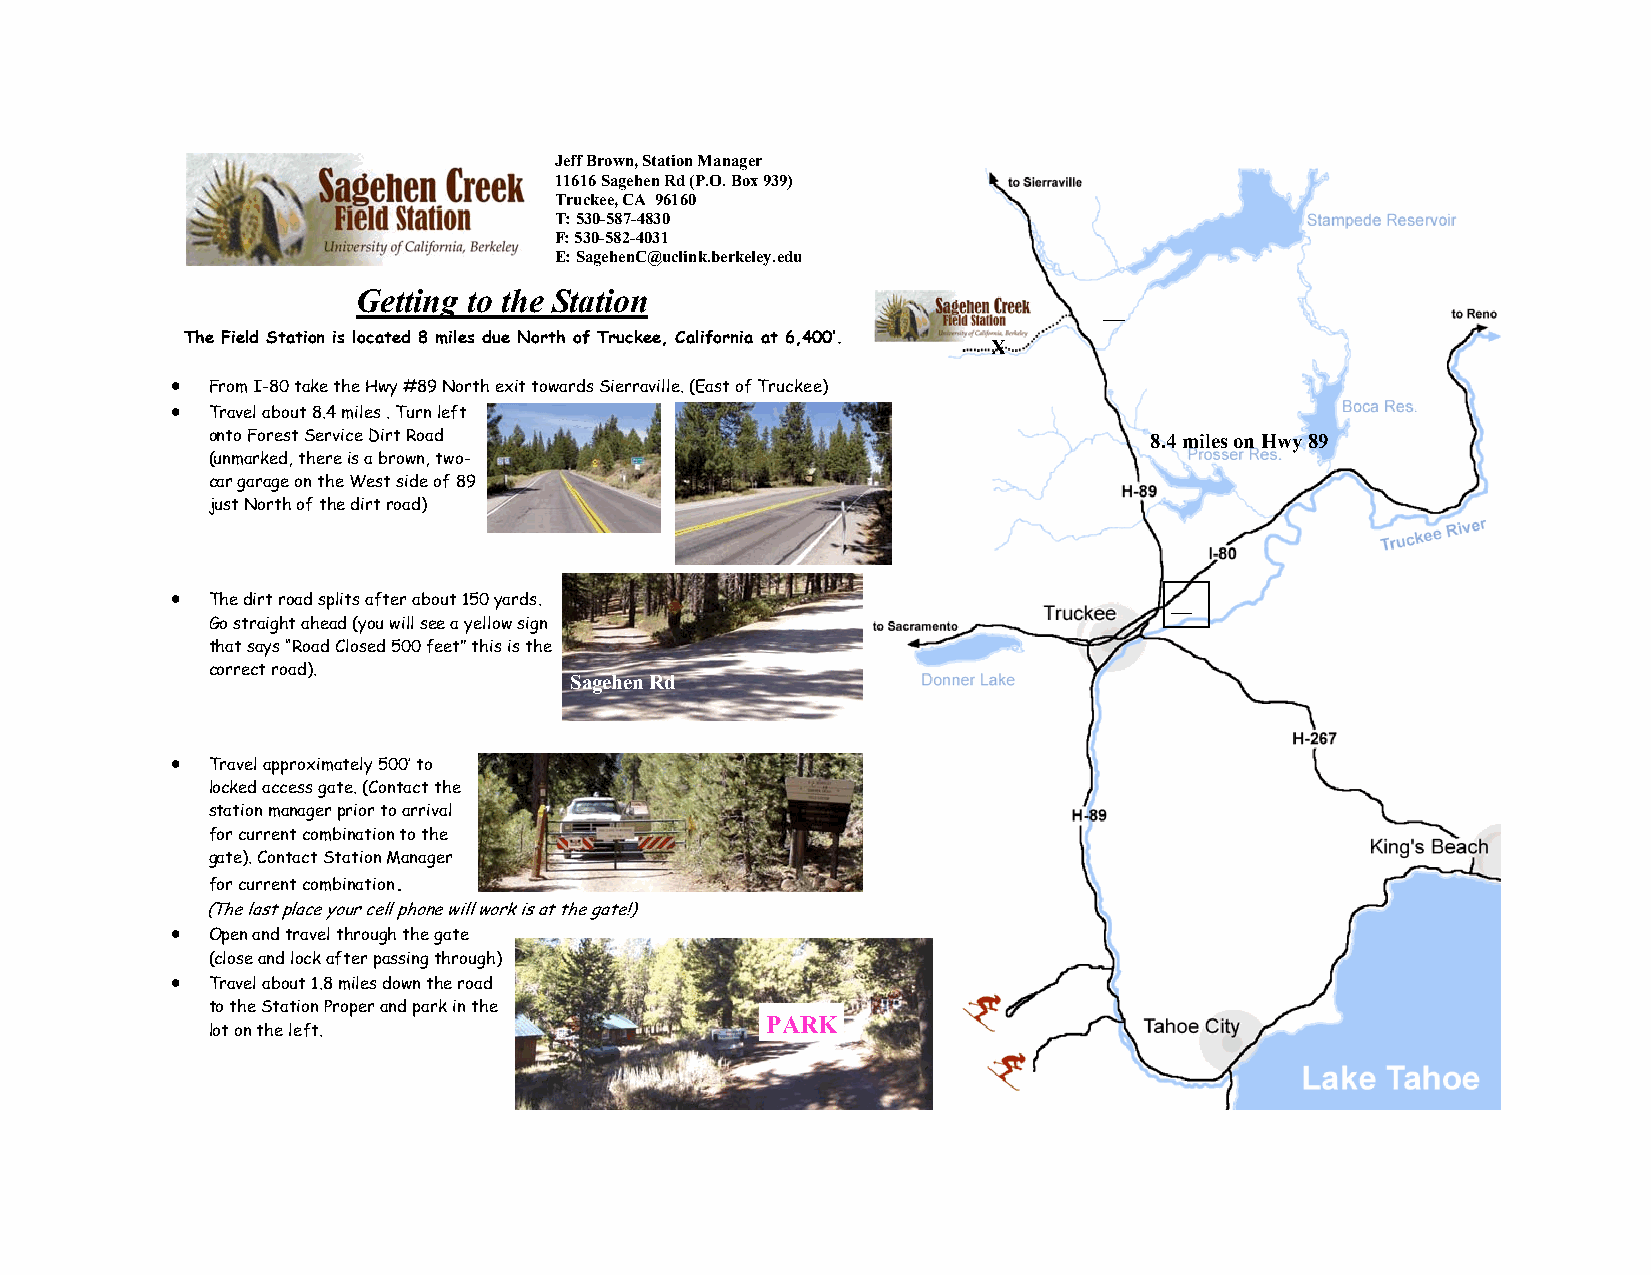
Jeff Brown, Station Manager
 11616 Sagehen Rd (P.O. Box 939)
 Truckee, CA 96160
 T: 530-587-4830
 F: 530-582-4031
 E: SagehenC@uclink.berkeley.edu
 Getting to the Station
 __
 The Field Station is located 8 miles due North of Truckee, California at 6,400’.
 X
 •  From I-80 take the Hwy #89 North exit towards Sierraville. (East of Truckee)
 •  Travel about 8.4 miles . Turn left
 onto Forest Service Dirt Road                                 8.4 miles on Hwy 89
 (unmarked, there is a brown, two-
 car garage on the West side of 89
 just North of the dirt road)
 •  The dirt road splits after about 150 yards.                     __
 Go straight ahead (you will see a yellow sign
 that says “Road Closed 500 feet” this is the
 correct road).
 Sagehen Rd
 •  Travel approximately 500’ to
 locked access gate. (Contact the
 station manager prior to arrival
 for current combination to the
 gate). Contact Station Manager
 for current combination.
 (The last place your cell phone will work is at the gate!)
 •  Open and travel through the gate
 (close and lock after passing through)
 •  Travel about 1.8 miles down the road
 to the Station Proper and park in the
 PARK
 lot on the left.